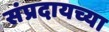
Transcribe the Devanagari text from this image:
संप्रदायच्या